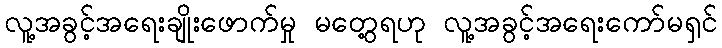
လူ့အခွင့်အရေးချိုးဖောက်မှု မတွေ့ရဟု လူ့အခွင့်အရေးကော်မရှင်